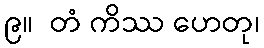
၉။  တံ ကိဿ ဟေတု၊